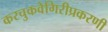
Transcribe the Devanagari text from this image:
करचुकवेगिरीप्रकरणी